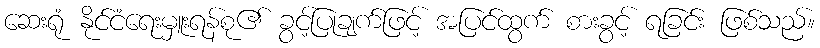
ဆေးရုံ နိုင်ငံရေးမှူးရန်စု၏ ခွင့်ပြုချက်ဖြင့် အပြင်ထွက် စားခွင့် ရခြင်း ဖြစ်သည်။